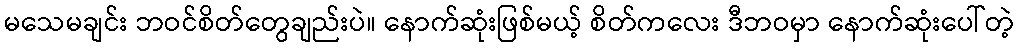
မသေမချင်း ဘဝင်စိတ်တွေချည်းပဲ။ နောက်ဆုံးဖြစ်မယ့် စိတ်ကလေး ဒီဘဝမှာ နောက်ဆုံးပေါ်တဲ့